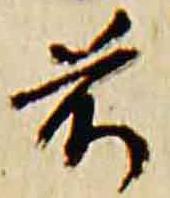
前